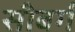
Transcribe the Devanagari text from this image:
सीबर्ग